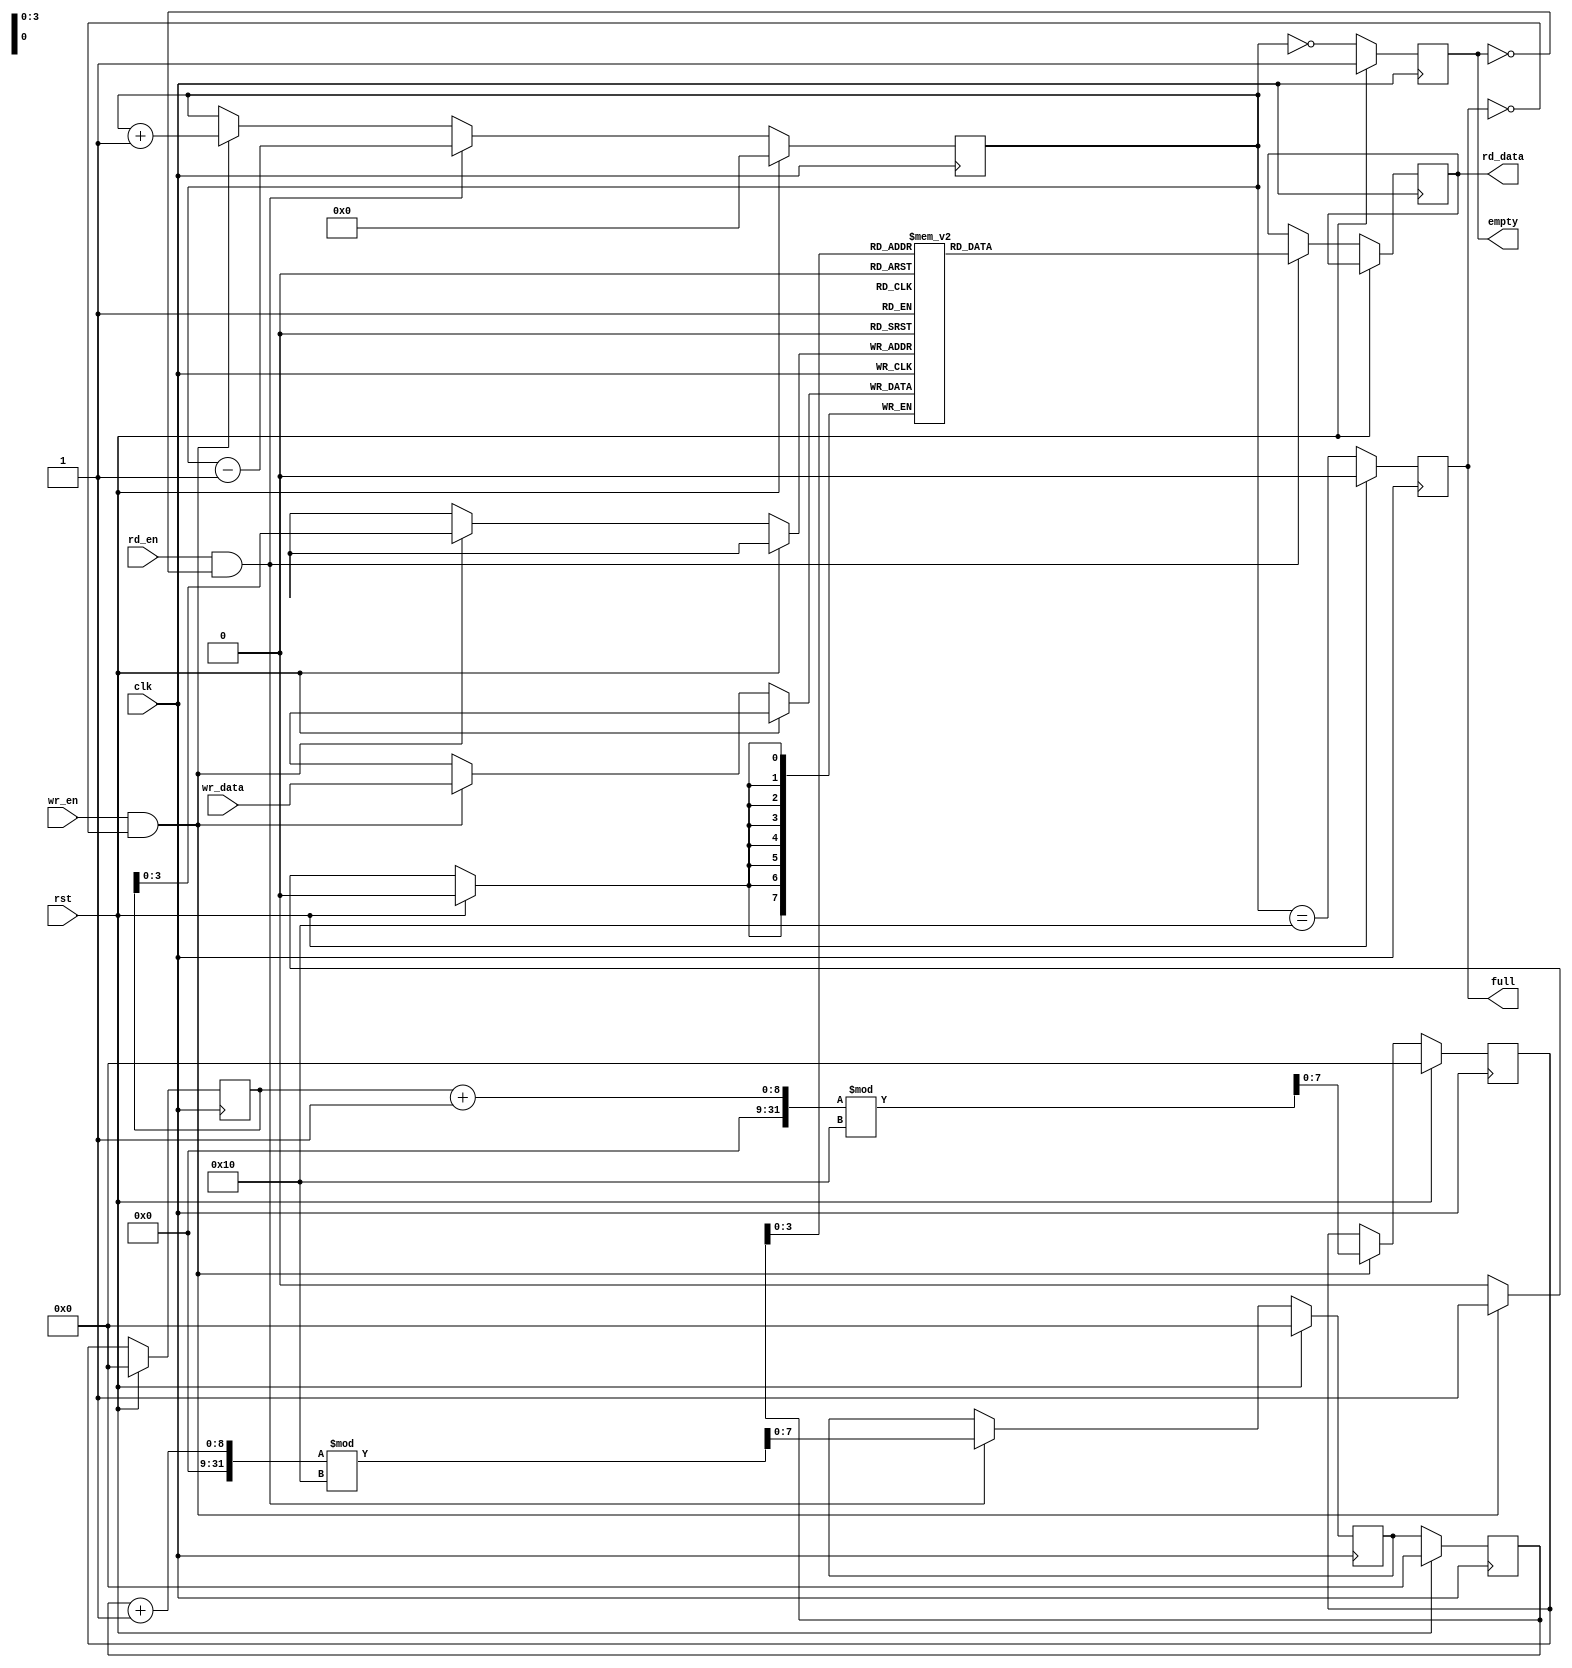
`timescale 1ns / 1ps

module fifo #( parameter WIDTH = 8, DEPTH = 16 )
 ( input clk, rst, wr_en, rd_en,
   input [WIDTH-1:0] wr_data,
   output reg [WIDTH-1:0] rd_data,
   output reg empty, full 
  );

   reg [WIDTH-1:0] mem [0:DEPTH-1];
   reg [WIDTH-1:0] rd_ptr = 0;
   reg [WIDTH-1:0] wr_ptr = 0;
   reg [WIDTH-1:0] next_wr_ptr;
   reg [WIDTH-1:0] next_rd_ptr;
   reg [DEPTH-1:0] num_items = 0;

   always @(posedge clk) 
    begin
        if (rst) 
	      begin
	         rd_ptr <= 0;
	         wr_ptr <= 0;
	         next_rd_ptr <= 0;
	         next_wr_ptr <= 0;
	         num_items <= 0;
	         empty <= 1;
	         full <= 0;
	      end
        else 
          begin
	         rd_ptr <= next_rd_ptr;
	         wr_ptr <= next_wr_ptr;
	         empty <= (num_items == 0);
	         full <= (num_items == DEPTH);

	         if (wr_en && !full) 
	         begin
	            mem[wr_ptr] <= wr_data;
	            next_wr_ptr <= (wr_ptr + 1) % DEPTH;
	            num_items <= num_items + 1;
	         end

	         if (rd_en && !empty) 
	         begin
	            rd_data <= mem[rd_ptr];
	            next_rd_ptr <= (rd_ptr + 1) % DEPTH;
	            num_items <= num_items - 1;
	         end
	    end
    end

endmodule